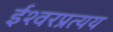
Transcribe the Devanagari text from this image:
ईश्वरप्रत्यय